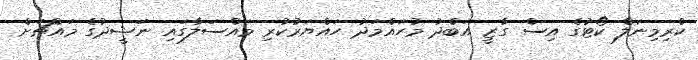
ކްރިމިނަލް ކޯޓުގެ އިސް ގާޒީ އަބްދު މުހައްމަދު ހައްޔަރުކުރި މައްސަލާގައި ނަޝީދުގެ މައްޗަށް